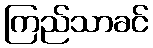
ကြည်သာခင်